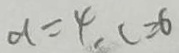
d = 4 , c \geq 6